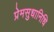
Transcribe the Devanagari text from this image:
प्रेमसुधानिधि